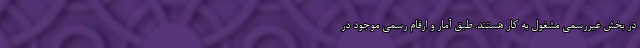
در بخش غیررسمی مشغول به کار هستند. طبق آمار و ارقام رسمی موجود در